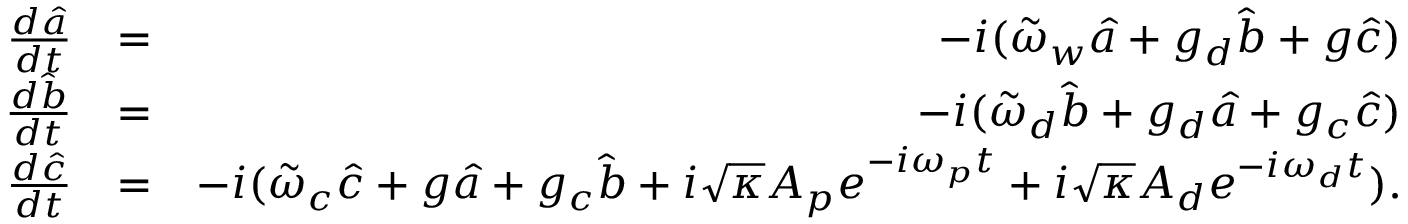
\begin{array} { r l r } { \frac { d \hat { a } } { d t } } & { = } & { - i ( \tilde { \omega } _ { w } \hat { a } + g _ { d } \hat { b } + g \hat { c } ) } \\ { \frac { d \hat { b } } { d t } } & { = } & { - i ( \tilde { \omega } _ { d } \hat { b } + g _ { d } \hat { a } + g _ { c } \hat { c } ) } \\ { \frac { d \hat { c } } { d t } } & { = } & { - i ( \tilde { \omega } _ { c } \hat { c } + g \hat { a } + g _ { c } \hat { b } + i \sqrt { \kappa } A _ { p } e ^ { - i \omega _ { p } t } + i \sqrt { \kappa } A _ { d } e ^ { - i \omega _ { d } t } ) . } \end{array}